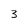
Character: 3